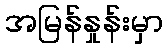
အမြန်နှုန်းမှာ